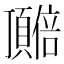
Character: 𬱎